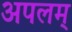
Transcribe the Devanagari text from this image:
अपलम्